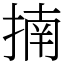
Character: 揇